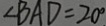
\angle B A D = 2 0 ^ { \circ }